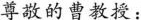
尊敬的曹教授：